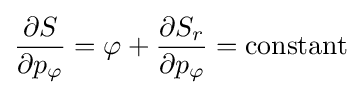
{\frac {\partial S}{\partial p_{\varphi }}}=\varphi +{\frac {\partial S_{r}}{\partial p_{\varphi }}}=\mathrm {constant}